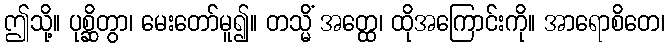
ဤသို့။ ပုစ္ဆိတွာ၊ မေးတော်မူ၍။ တသ္မိံ အတ္ထေ၊ ထိုအကြောင်းကို။ အာရောစိတေ၊